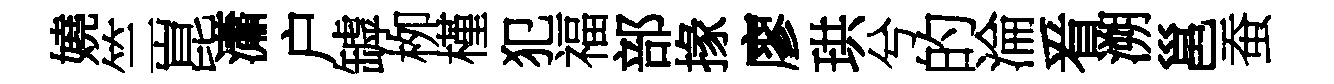
嬈竺崑瀟户罅栁槿犯福部掾廖珙兮的淪㸔溯邕蚕